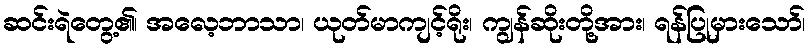
ဆင်းရဲတွေ့၏၊ အလေ့ဘာသာ၊ ယုတ်မာကျင့်ရိုး၊ ကျွန်ဆိုးတို့အား၊ ရန်ပြုမှားသော်၊